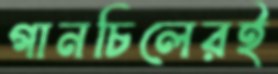
গানচিলেরই